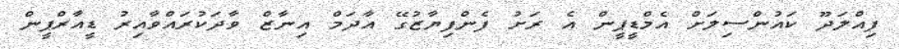
ފިއްލަދޫ ކައުންސިލަށް އެމްޑީޕީން އެ ރަށު ފެންފިޔާޒުގޭ އާދަމް އިނާޒް ވާދަކުރައްވާއިރު ޑީއާރްޕީން